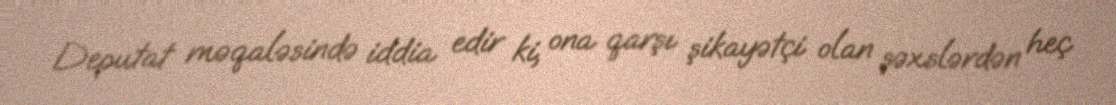
Deputat məqaləsində iddia edir ki, ona qarşı şikayətçi olan şəxslərdən heç